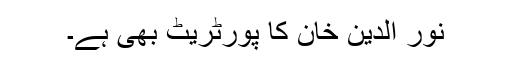
نور الدین خان کا پورٹریٹ بھی ہے۔